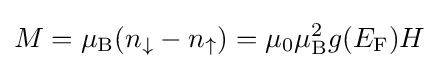
M=\mu _{\mathrm {B} }(n_{\downarrow }-n_{\uparrow })=\mu _{0}\mu _{\mathrm {B} }^{2}g(E_{\mathrm {F} })H